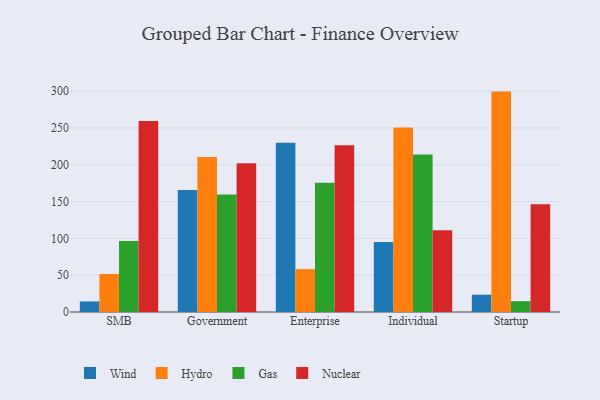
{"axis": {"x": "Segment", "y": "Inventory Turnover"}, "legend": ["Gas", "Hydro", "Nuclear", "Wind"], "data": [{"x": "SMB", "y": 14.4, "type": "Wind"}, {"x": "SMB", "y": 51.6, "type": "Hydro"}, {"x": "SMB", "y": 96.5, "type": "Gas"}, {"x": "SMB", "y": 259.4, "type": "Nuclear"}, {"x": "Government", "y": 165.8, "type": "Wind"}, {"x": "Government", "y": 210.7, "type": "Hydro"}, {"x": "Government", "y": 159.6, "type": "Gas"}, {"x": "Government", "y": 202.1, "type": "Nuclear"}, {"x": "Enterprise", "y": 230.0, "type": "Wind"}, {"x": "Enterprise", "y": 58.2, "type": "Hydro"}, {"x": "Enterprise", "y": 175.5, "type": "Gas"}, {"x": "Enterprise", "y": 226.5, "type": "Nuclear"}, {"x": "Individual", "y": 95.1, "type": "Wind"}, {"x": "Individual", "y": 250.8, "type": "Hydro"}, {"x": "Individual", "y": 214.0, "type": "Gas"}, {"x": "Individual", "y": 111.2, "type": "Nuclear"}, {"x": "Startup", "y": 23.5, "type": "Wind"}, {"x": "Startup", "y": 299.4, "type": "Hydro"}, {"x": "Startup", "y": 14.7, "type": "Gas"}, {"x": "Startup", "y": 146.5, "type": "Nuclear"}]}